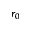
r _ { 0 }